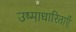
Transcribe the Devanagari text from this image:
उष्माधारिताएँ